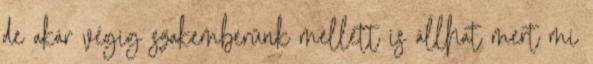
de akár végig szakemberünk mellett is állhat mert mi